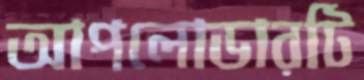
আপলোডারটি